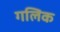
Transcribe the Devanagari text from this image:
गलिक